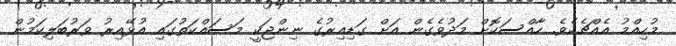
މުހިއްމު އެއްޗެކެވެ. ހާއްސަކޮށް މަދުވެގެން އަށް ގަޑިއިރުގެ ނިންޖަކީ މަސައްކަތުގައި އުޅޭއިރު ވަރުބަލިކަމުން